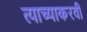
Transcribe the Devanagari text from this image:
त्याच्याकरवी